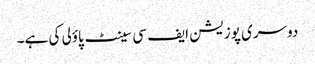
دوسری پوزیشن ایف سی سینٹ پاؤلی کی ہے۔